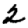
Digit: 2